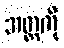
အတ္တကို